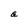
Character: a